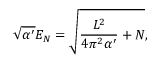
\sqrt { \alpha ^ { \prime } } E _ { N } = \sqrt { \frac { L ^ { 2 } } { 4 \pi ^ { 2 } \alpha ^ { \prime } } + N } ,